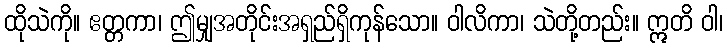
ထိုသဲကို။ ဧတ္တကာ၊ ဤမျှအတိုင်းအရှည်ရှိကုန်သော။ ဝါလိကာ၊ သဲတို့တည်း။ ဣတိ ဝါ၊